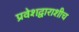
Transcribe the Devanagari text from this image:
प्रवेशद्वाराशीच